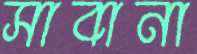
সাবানা